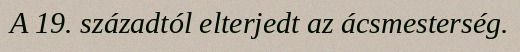
A 19. századtól elterjedt az ácsmesterség.